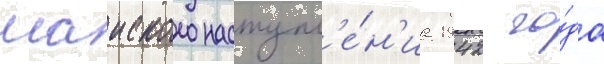
маиского наступл'е́н'иа 1942 го́да